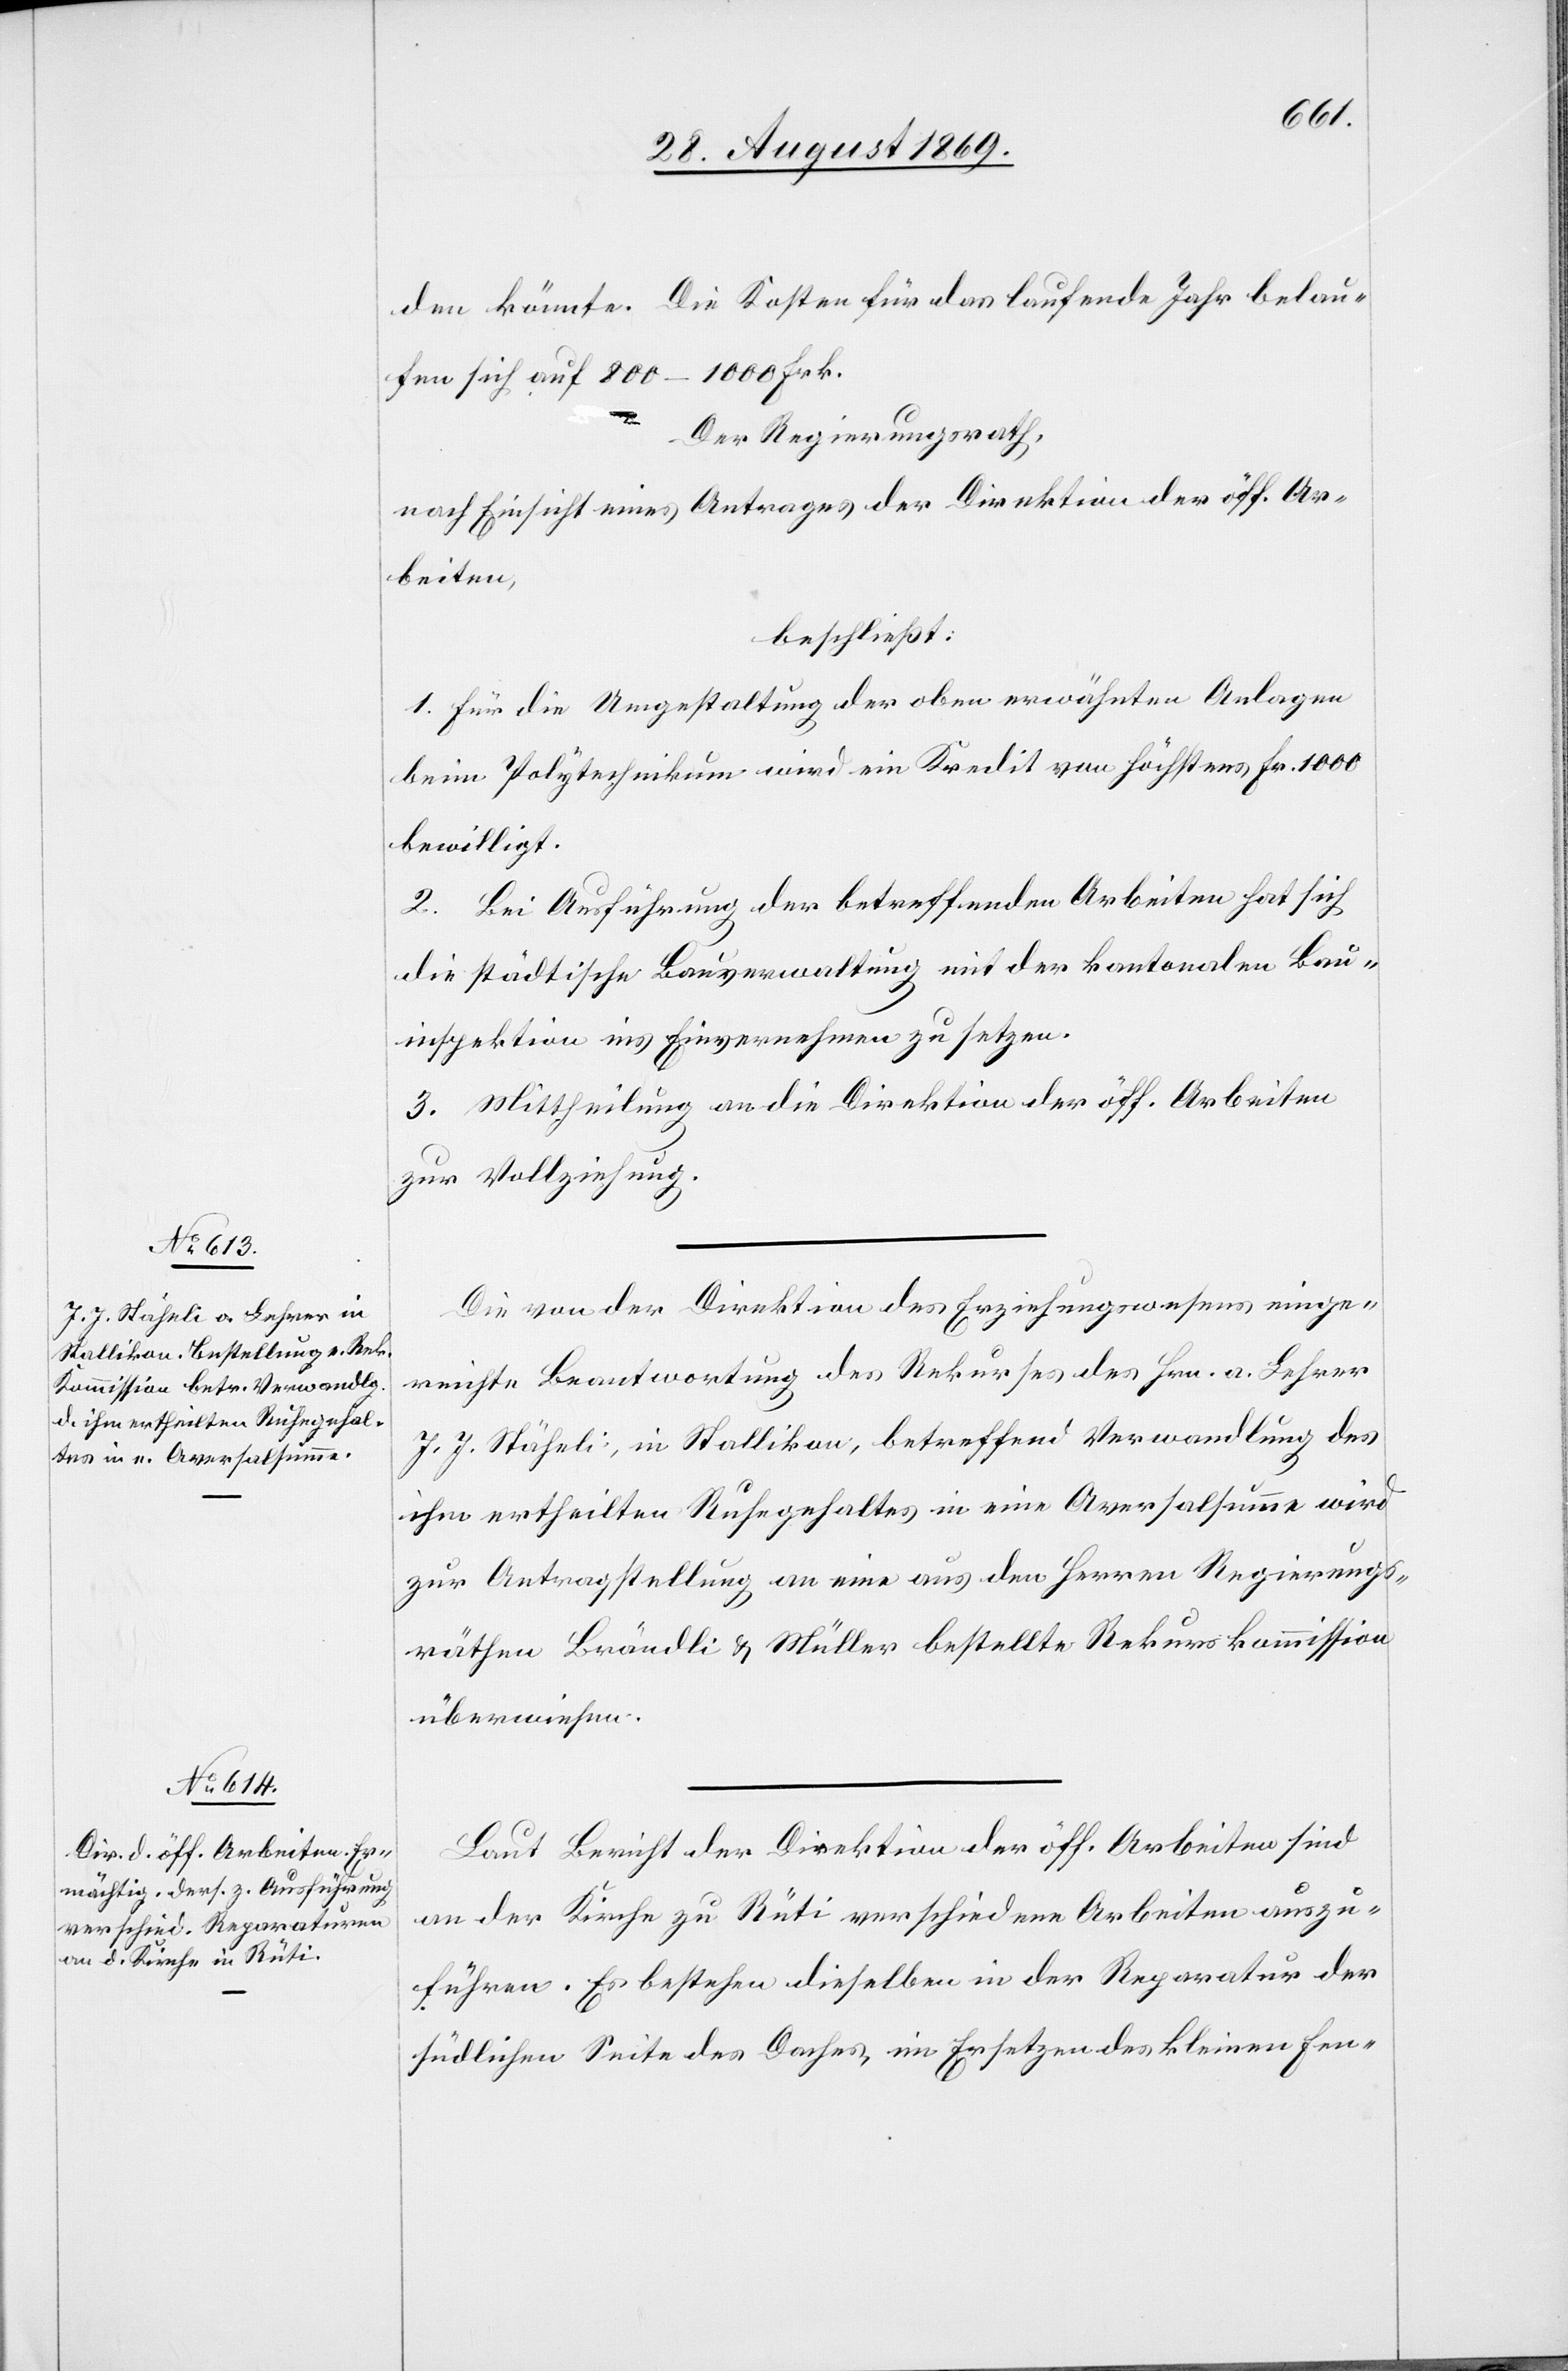
den könnte. Die Kosten für das laufende Jahr belau¬
fen sich auf 800–1000 Frk.
Der Regierungsrath,
nach Einsicht eines Antrages der Direktion der öff. Ar¬
beiten,
beschließt:
1. Für die Umgestaltung der oben erwähnten Anlagen
beim Polytechnikum wird ein Kredit von höchstens Fr. 1000
bewilligt.
2. Bei Ausführung der betreffenden Arbeiten hat sich
die städtische Bauverwaltung mit der kantonalen Bau¬
inspektion ins Einvernehmen zu setzen.
3. Mittheilung an die Direktion der öff. Arbeiten
zur Vollziehung.
Die von der Direktion des Erziehungswesens einge¬
reichte Beantwortung des Rekurses des Hrn. a. Lehrer
J. J. Stäheli, in Stallikon, betreffend Verwandlung des
ihm ertheilten Ruhegehaltes in eine Aversalsumme wird
zur Antragstellung an eine aus den Herren Regierungs¬
räthen Brändli & Müller bestellte Rekurskommission
überwiesen.
Laut Bericht der Direktion der öff. Arbeiten sind
an der Kirche zu Rüti verschiedene Arbeiten auszu¬
führen. Es bestehen dieselben in der Reparatur der
südlichen Seite des Daches, im Ersetzen des kleinen Fen-